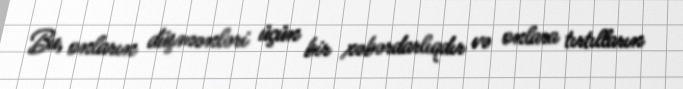
Bu, onların düşmənləri üçün bir xəbərdarlıqdır və onlara tırtılların